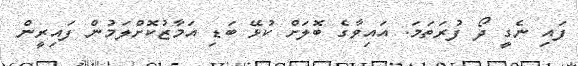
ފައި ނެގީ ދޯ ފުރަތަމަ. އައިވާގެ ބޮލަށް ކުޅޭ ބަޑި އަމާޒުކޮށްލަމުން ފައިރީން